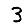
Digit: 3